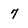
Character: 7